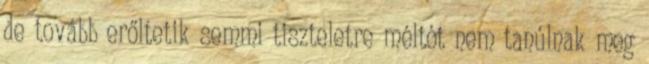
de tovább erőltetik semmi tiszteletre méltót nem tanúlnak meg